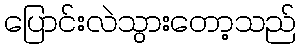
ပြောင်းလဲသွားတော့သည်